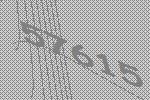
57615